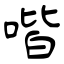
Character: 喈